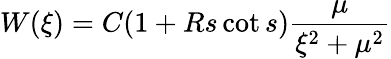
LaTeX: W(\xi)=C(1+Rs\cot s)\frac{\mu}{\xi^{2}+\mu^{2}}